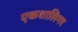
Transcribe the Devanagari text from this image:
एकशालिगर